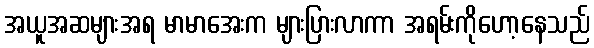
အယူအဆများအရ မာမာအေးက များပြားလာကာ အရမ်းကိုဟော့နေသည်